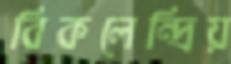
বিকলেন্দ্রিয়